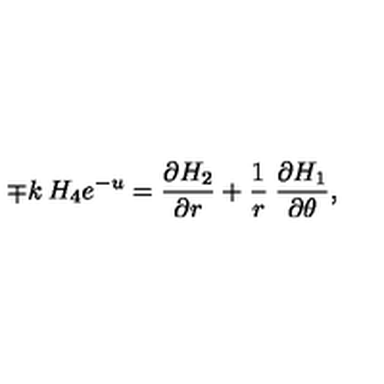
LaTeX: { \mp k \: H _ { 4 } } { e \sp { - u } } = \frac { \partial H _ { 2 } } { \partial r } + \frac { 1 } { r } \: \frac { \partial H _ { 1 } } { \partial \theta } ,